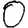
Digit: 0